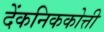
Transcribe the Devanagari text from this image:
देंकनिककोत्ती